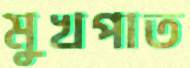
মুখপাত